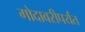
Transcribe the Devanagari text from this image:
गोदावरीपर्यंत